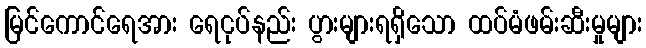
မြင်ကောင်ရေအား ရေငုပ်နည်း ပွားများရရှိသော ထပ်မံဖမ်းဆီးမှုများ